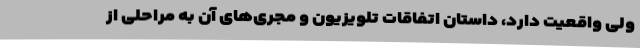
ولی واقعیت دارد، داستان اتفاقات تلویزیون و مجری‌های آن به مراحلی از